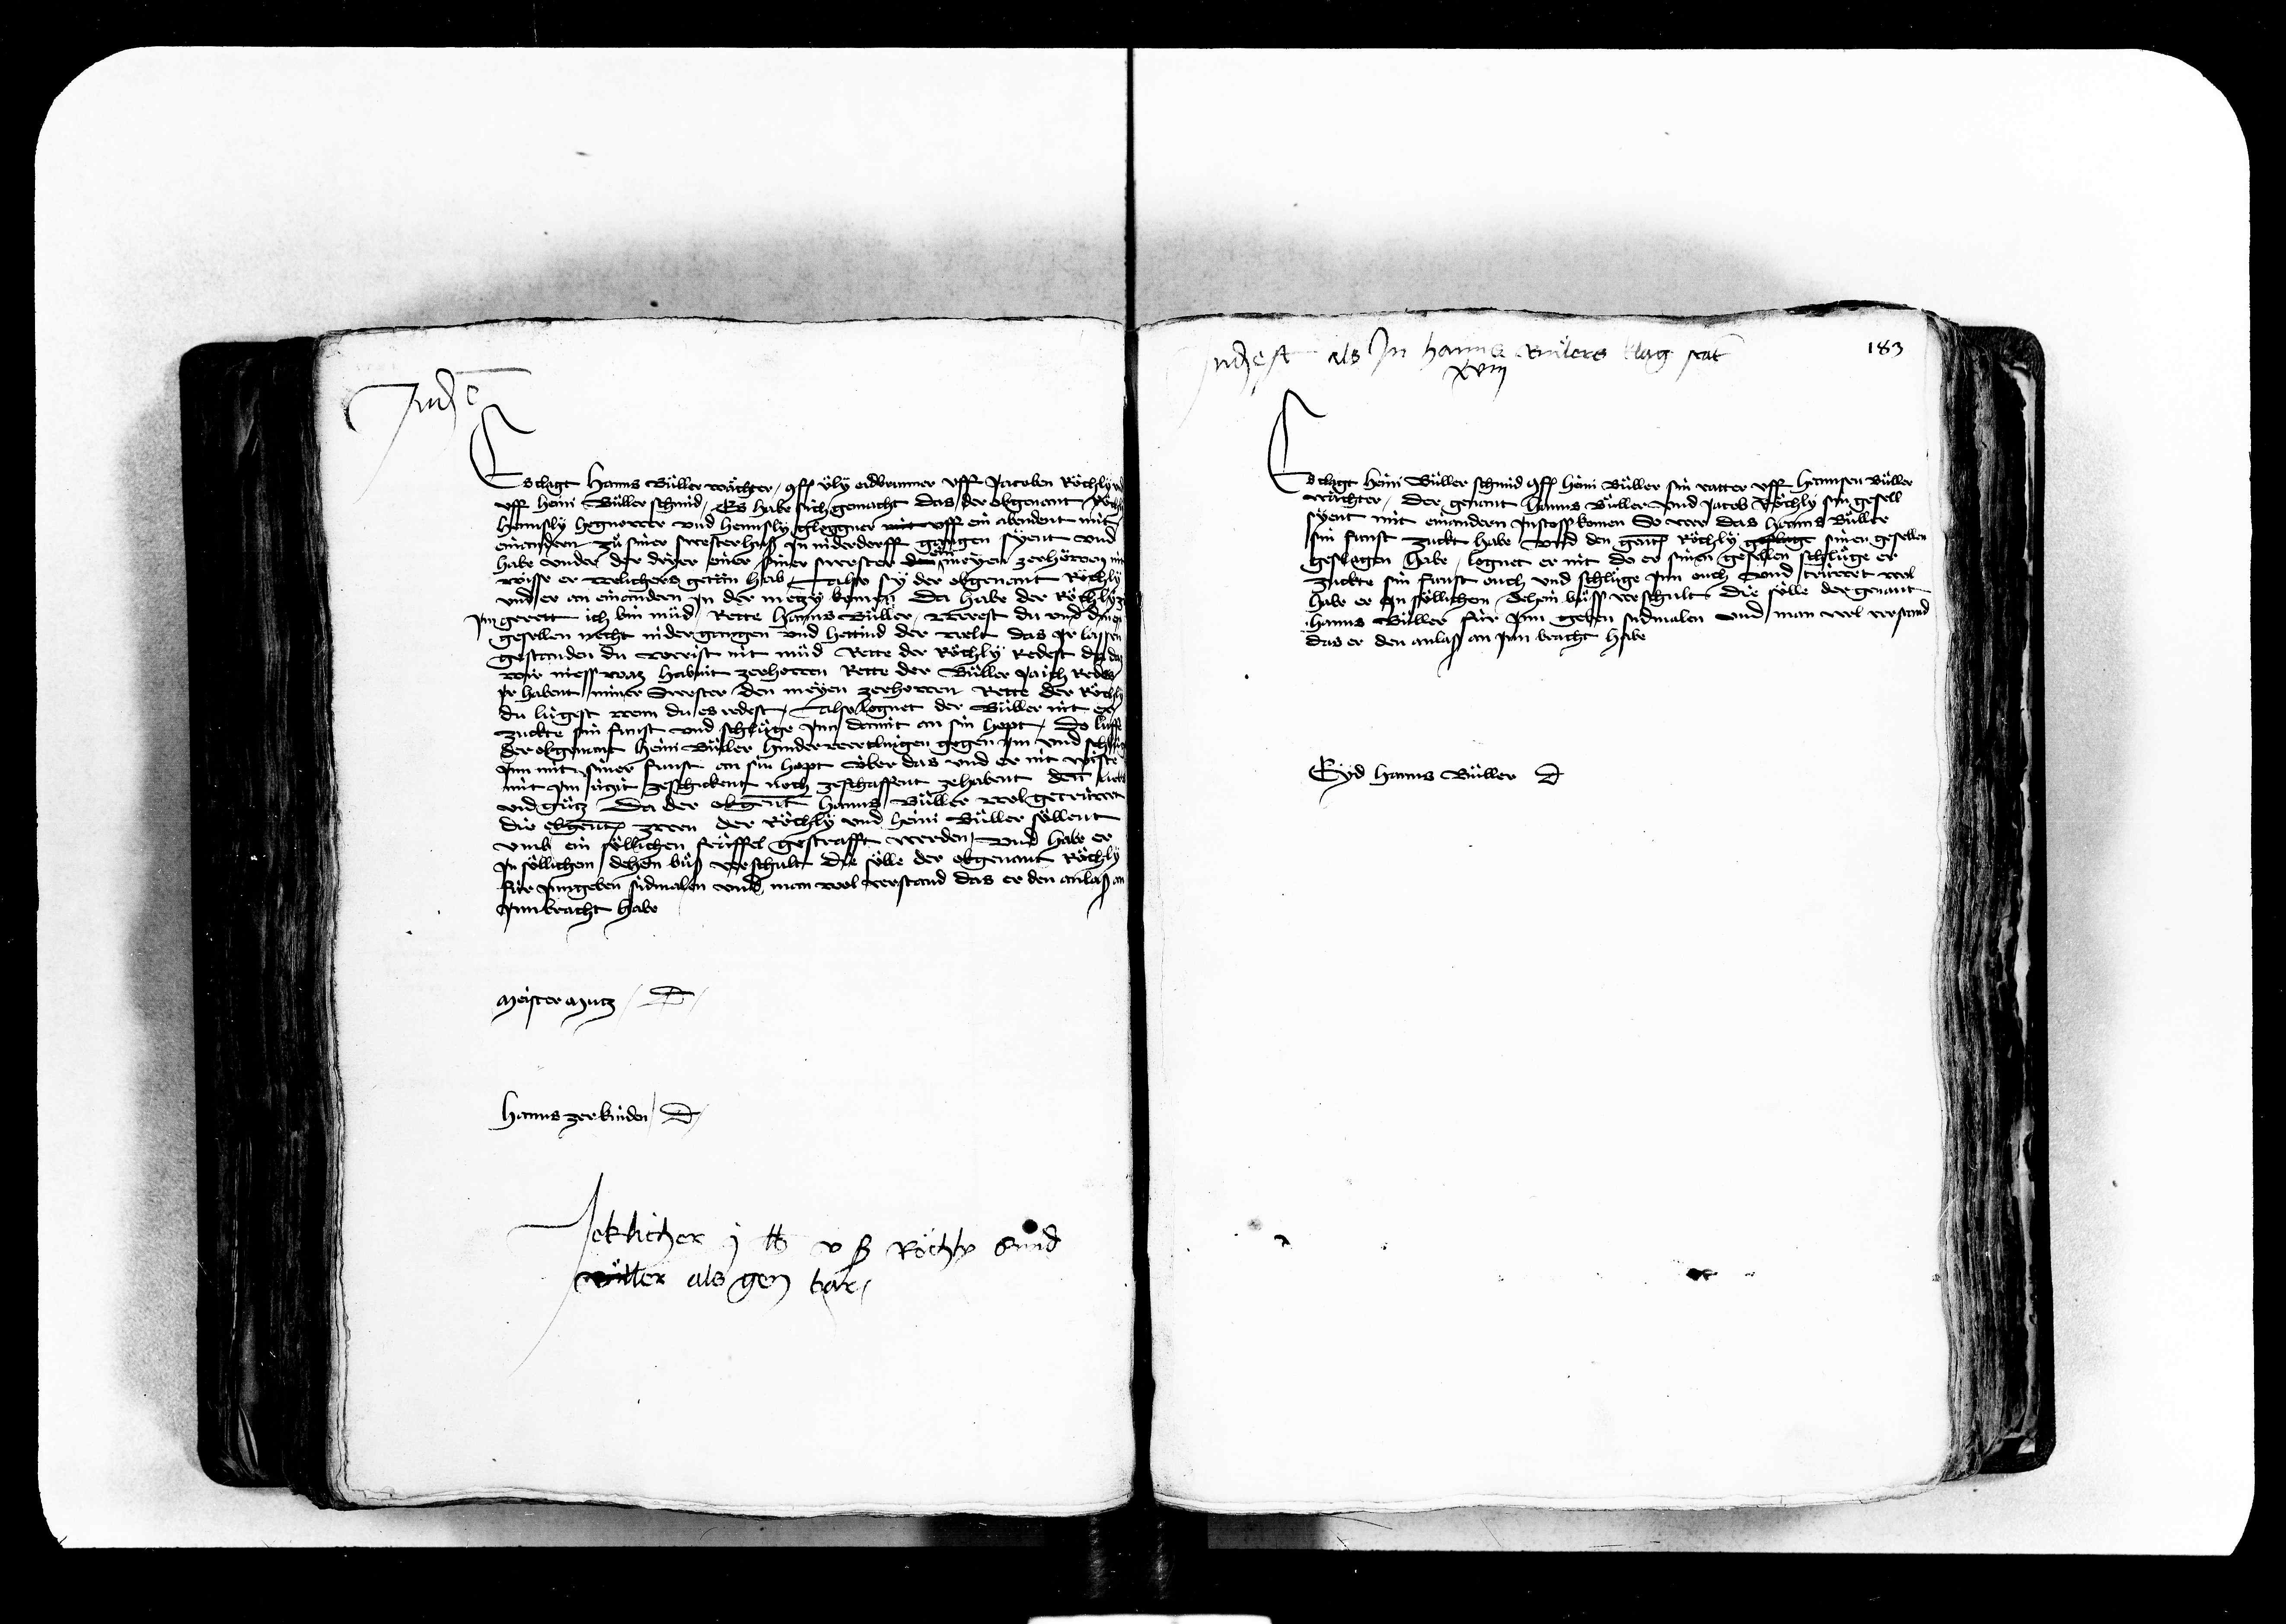
Transcription:
Judicatu
Es clagt Hanns Büller wachter conf. uely eid brunner uff Jacoben Roechly
uff heini Bueller schmid Es habe sich gemacht das der obgenant schen
Hennsly Hegnower und Hennsly gloggner mit uff ein abendent mit
einandern zue er swester hus jn niderdorff
gen syent und
habe under der dryer einer siner swester der meyen zerhowen ii
wisse er welichers getän hab also sy der obgenant Roechly
und er an einandern jn der metzy komen da habe der Ros
gerett ich bin mid Rette hanns Bueller werest du und dinen
gesellen necht nider gangen und hettind der welt das jr lassen
gestanden du werist nit mid Rette der Roechly redest du do
wir niesswas habint zerhowen Rette der Bueller ja ich reden
jr habent miner swester den meyen zerhowen Rette der Rocht
du lügest wenn du es redest Also lognet der Büller nit er
zuckte sin funst und schluege jnn damit an sin hopt Do luf
der obgenant Heini Bueller hinderwertlingen gegen jm und sch
jnn mit siner funst an sin hopt über das und er nit wiste
mit jm ützit ze schickent noch zeschaffent zehabent denn lich
und guetz da der obgenant hanns Büller wol getrüwet
die obgenant zwen der Roechly und heini Büller soellent
umb ein soellichen fräffel gestrafft werden und habe er
jn soellichem dehein bueß verschult die soelle der obgenant Roecht
für jungeben sidmalen und man wol verstand das er den anlaß
jnn bracht habe
Meister mütz dicit
Hanns zerkinden dicit

Judicatum est als jn Hanns Blers klag statt
vor

clagt Heini Büller schmid conf. heini Büller sin vatter uff Hannsen Büller
nachter der genant hanns Büller und Jacob Roechly sin
syent mit einandern jn stoss komen so wer das hanns Bueller
sin funst zuckt habe und den genanten Roechly geslage sinen gesellen
slagen habe lognet er nit do er sinen gesellen schluege er
zuckte sin funst ouch und schluege jnn ouch und trüwet wol
habe er jn soellichem dehein buess verschult die soelle der genant
hanns Büller für jnn geben sidmalen und man wol verstand
das er den anlaß an jnn bracht habe

Eyd hanns Büller dicit

Jeklicher
lb v ß rechly und
wer als gen bar

e
4

187